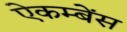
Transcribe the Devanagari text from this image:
ऐकम्बेंस